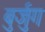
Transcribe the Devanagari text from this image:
बुर्जुग